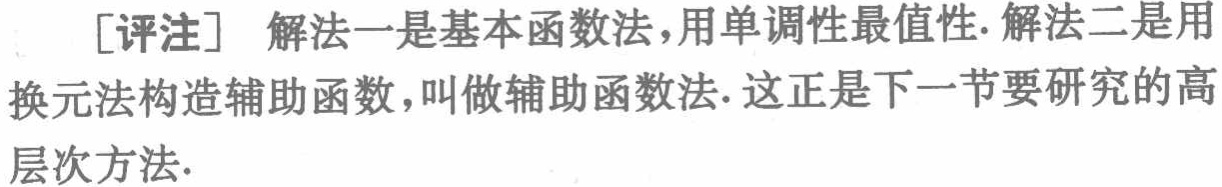
[评注] 解法一是基本函数法，用单调性最值性. 解法二是用换元法构造辅助函数，叫做辅助函数法. 这正是下一节要研究的高层次方法.